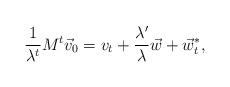
LaTeX: \begin{align*}\frac{1}{\lambda^t}M^t \vec v_0 = v_t + \frac{\lambda'}{\lambda} \vec w + \vec w^*_t,\end{align*}